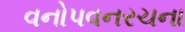
વનોપવનરચના